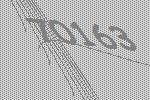
70163